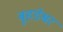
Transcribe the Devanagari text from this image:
बृहडेश्वर